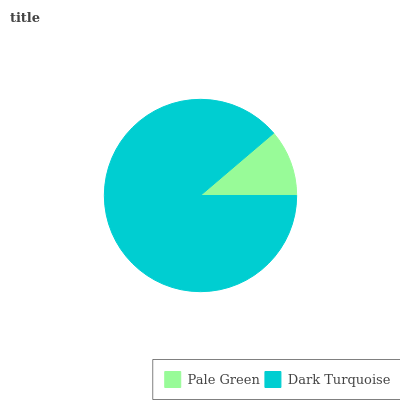
| Pale Green | Dark Turquoise |
 | --- | --- |
 | 11.2% | 88.8% |